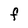
Character: F